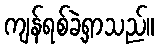
ကျန်ရစ်ခဲ့ရှာသည်။